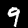
Label: 9